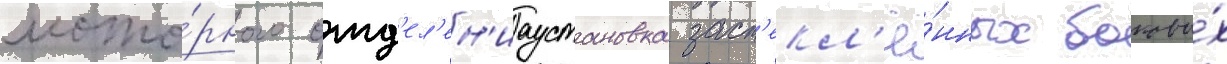
мото́рного отд'ел'ен'иаустановка заст'екл'ё́нных боковы́х